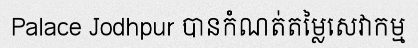
Palace Jodhpur បានកំណត់តម្លៃសេវាកម្ម